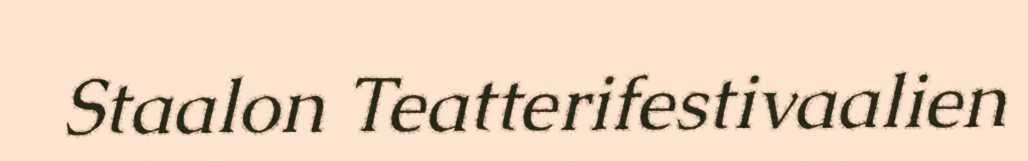
Staalon Teatterifestivaalien